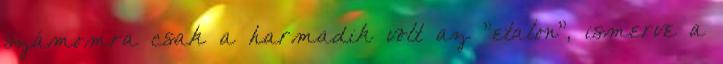
számomra csak a harmadik volt az "etalon", ismerve a